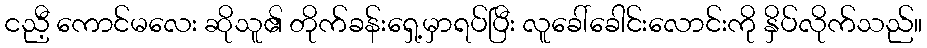
ငညီ့ ကောင်မလေး ဆိုသူ၏ တိုက်ခန်းရှေ့မှာရပ်ပြီး လူခေါ်ခေါင်းလောင်းကို နှိပ်လိုက်သည်။